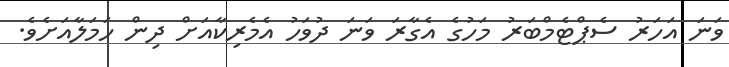
ވަނަ އަހަރު ސެޕްޓެމްބަރު މަހުގެ އެގާރަ ވަނަ ދުވަހު އެމެރިކާއަށް ދިން ހަމަލާއަށެވެ.